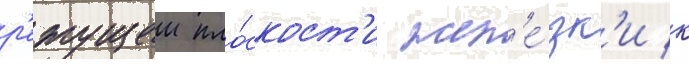
р'ежущеи пло́скост'и жел'е́зк'и к